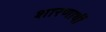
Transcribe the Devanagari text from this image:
शारणार्थी